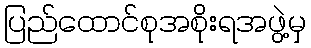
ပြည်ထောင်စုအစိုးရအဖွဲ့မှ